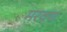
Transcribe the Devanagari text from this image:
मरवण